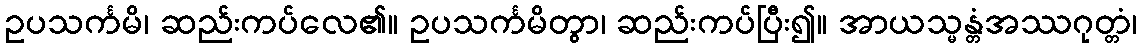
ဥပသင်္ကမိ၊ ဆည်းကပ်လေ၏။ ဥပသင်္ကမိတွာ၊ ဆည်းကပ်ပြီး၍။ အာယသ္မန္တံအဿဂုတ္တံ၊